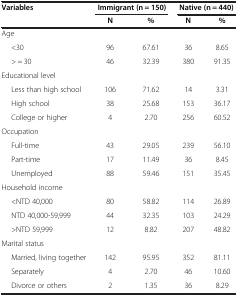
<table><thead><tr><td rowspan="2"><b>Variables</b></td><td colspan="2"><b>Immigrant (n = 150)</b></td><td colspan="2"><b>Native (n = 440)</b></td></tr><tr><td><b>N</b></td><td><b>%</b></td><td><b>N</b></td><td><b>%</b></td></tr></thead><tbody><tr><td>Age</td><td> </td><td> </td><td> </td><td> </td></tr><tr><td>&lt;30</td><td>96</td><td>67.61</td><td>36</td><td>8.65</td></tr><tr><td>&gt; = 30</td><td>46</td><td>32.39</td><td>380</td><td>91.35</td></tr><tr><td>Educational level</td><td> </td><td> </td><td> </td><td> </td></tr><tr><td>Less than high school</td><td>106</td><td>71.62</td><td>14</td><td>3.31</td></tr><tr><td>High school</td><td>38</td><td>25.68</td><td>153</td><td>36.17</td></tr><tr><td>College or higher</td><td>4</td><td>2.70</td><td>256</td><td>60.52</td></tr><tr><td>Occupation</td><td> </td><td> </td><td> </td><td> </td></tr><tr><td>Full-time</td><td>43</td><td>29.05</td><td>239</td><td>56.10</td></tr><tr><td>Part-time</td><td>17</td><td>11.49</td><td>36</td><td>8.45</td></tr><tr><td>Unemployed</td><td>88</td><td>59.46</td><td>151</td><td>35.45</td></tr><tr><td>Household income</td><td> </td><td> </td><td> </td><td> </td></tr><tr><td>&lt;NTD 40,000</td><td>80</td><td>58.82</td><td>114</td><td>26.89</td></tr><tr><td>NTD 40,000-59,999</td><td>44</td><td>32.35</td><td>103</td><td>24.29</td></tr><tr><td>&gt;NTD 59,999</td><td>12</td><td>8.82</td><td>207</td><td>48.82</td></tr><tr><td>Marital status</td><td> </td><td> </td><td> </td><td> </td></tr><tr><td>Married, living together</td><td>142</td><td>95.95</td><td>352</td><td>81.11</td></tr><tr><td>Separately</td><td>4</td><td>2.70</td><td>46</td><td>10.60</td></tr><tr><td>Divorce or others</td><td>2</td><td>1.35</td><td>36</td><td>8.29</td></tr></tbody></table>